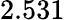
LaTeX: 2.531